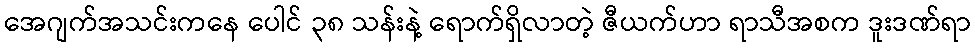
အေဂျက်အသင်းကနေ ပေါင် ၃၈ သန်းနဲ့ ရောက်ရှိလာတဲ့ ဇီယက်ဟာ ရာသီအစက ဒူးဒဏ်ရာ